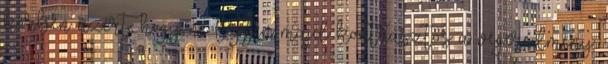
körben azért, hogy ne legyen majd kontrasztos a végeredmény.